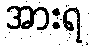
အားရ